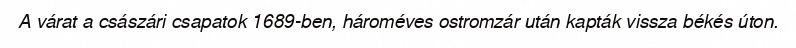
A várat a császári csapatok 1689-ben, hároméves ostromzár után kapták vissza békés úton.